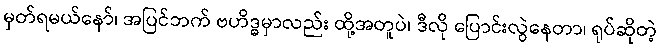
မှတ်ရမယ်နော်၊ အပြင်ဘက် ဗဟိဒ္ဓမှာလည်း ထို့အတူပဲ၊ ဒီလို ပြောင်းလွဲနေတာ၊ ရုပ်ဆိုတဲ့